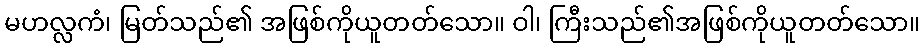
မဟလ္လကံ၊ မြတ်သည်၏ အဖြစ်ကိုယူတတ်သော။ ဝါ၊ ကြီးသည်၏အဖြစ်ကိုယူတတ်သော။